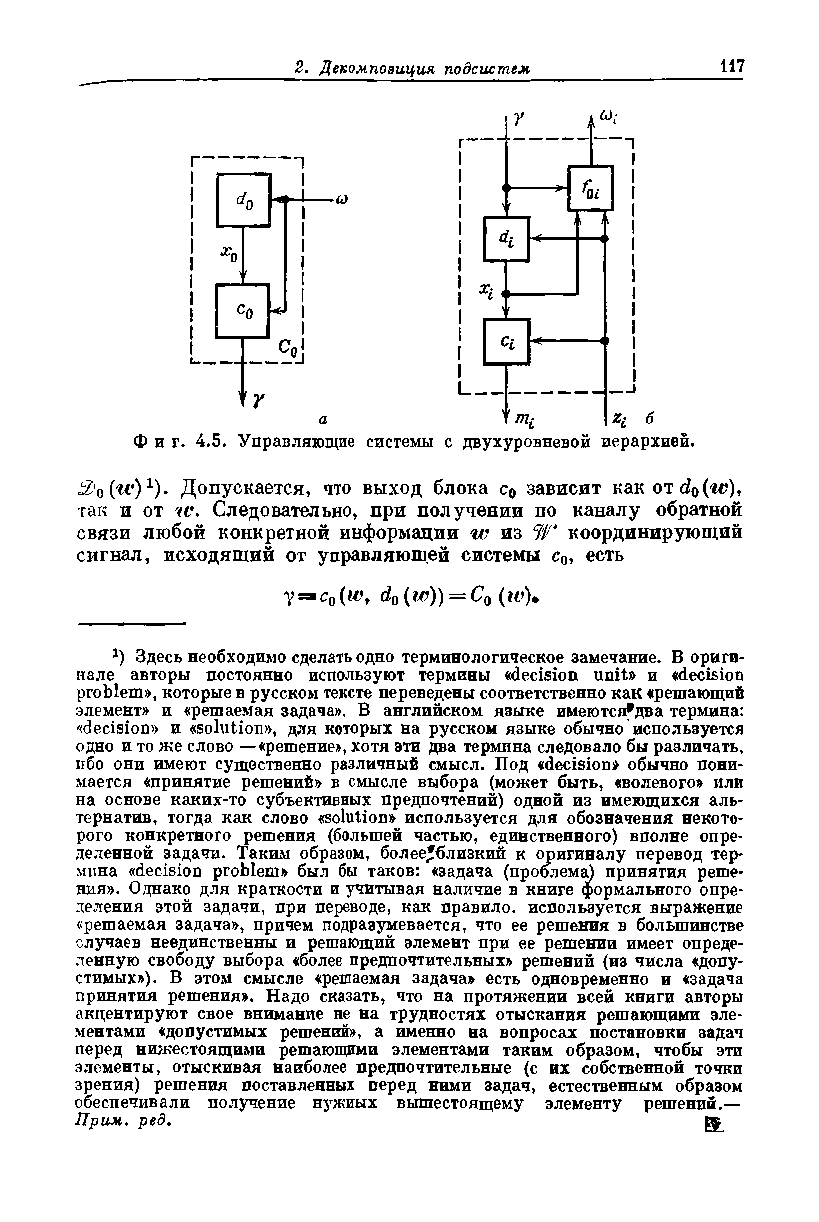
Фиг. 4.5. Управляющие системы с двухуровневой иерархией.
 ^о(^)1)* Допускается, что выход блока с0 зависит как от d0(w),
 гак и от tv. Следовательно, при получении по каналу обратной
 связи любой конкретной информации w из W координирующий
 сигнал, исходящий от управляющей системы с0, есть
 у=яс0(и% d0(w)) = C0 (iv).
 *) Здесь необходимо сделать одно терминологическое замечание. В ориги­
 нале авторы постоянно используют термины «decision unit» и «decision
 problem», которые в русском тексте переведены соответственно как «решающий
 элемент» и «решаемая задача». В английском языке имеются^два термина:
 «decision» и «solution», для которых на русском языке обычно используется
 одно и то же слово —«решение», хотя эти два термина следовало бы различать,
 ибо они имеют существенно различный смысл. Под «decision» обычно пони­
 мается «принятие решений» в смысле выбора (может быть, «волевого» или
 на основе каких-то субъективных предпочтений) одной из имеющихся аль­
 тернатив, тогда как слово «solution» используется для обозначения некото­
 рого конкретного решения (большей частью, единственного) вполне опре­
 деленной задачи. Таким образом, более^близкий к оригиналу перевод тер­
 мина «decision problem» был бы таков: «задача (проблема) принятия реше­
 ния». Однако для краткости и учитывая наличие в книге формального опре­
 деления этой задачи, при переводе, как правило, используется выражение
 «решаемая задача», причем подразумевается, что ее решения в большинстве
 случаев неединственны и решающий элемент при ее решении имеет опреде­
 ленную свободу выбора «более предпочтительных» решений (из числа «допу­
 стимых»). В этом смысле «решаемая задача» есть одновременно и «задача
 принятия решения». Надо сказать, что на протяжении всей книги авторы
 акцентируют свое внимание не на трудностях отыскания решающими эле­
 ментами «допустимых решений», а именно на вопросах постановки задач
 перед нижестоящими решающими элементами таким образом, чтобы эти
 элементы, отыскивая наиболее предпочтительные (с их собственной точки
 зрения) решения поставленных перед ними задач, естественным образом
 обеспечивали получение нужных вышестоящему элементу решений.—
 Прим. ред.